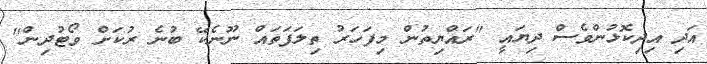
އަދި އިދިކޮޅުންވެސް ދިޔައީ "ރައްޔިތުން މިފަހަރު ތިލަފަތައް ނޫނެކޭ ބުނެ ރުކަށް ވޯޓުދިން"